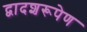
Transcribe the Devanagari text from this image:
द्वादशरूपेण